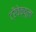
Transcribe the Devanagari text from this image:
ट्रैवेक्यूला